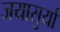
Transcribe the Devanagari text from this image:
जयासुर्या